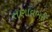
તણાવભરી